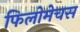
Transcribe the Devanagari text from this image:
फिलोमेचस